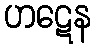
ဟဋေန